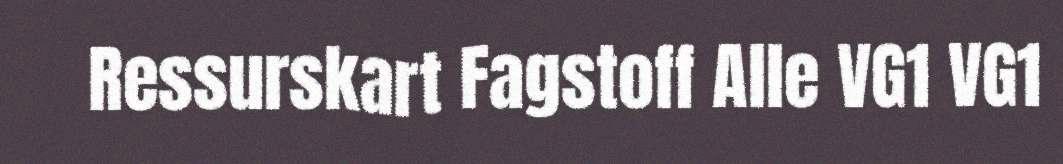
Ressurskart Fagstoff Alle VG1 VG1